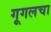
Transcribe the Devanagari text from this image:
गूगलचा